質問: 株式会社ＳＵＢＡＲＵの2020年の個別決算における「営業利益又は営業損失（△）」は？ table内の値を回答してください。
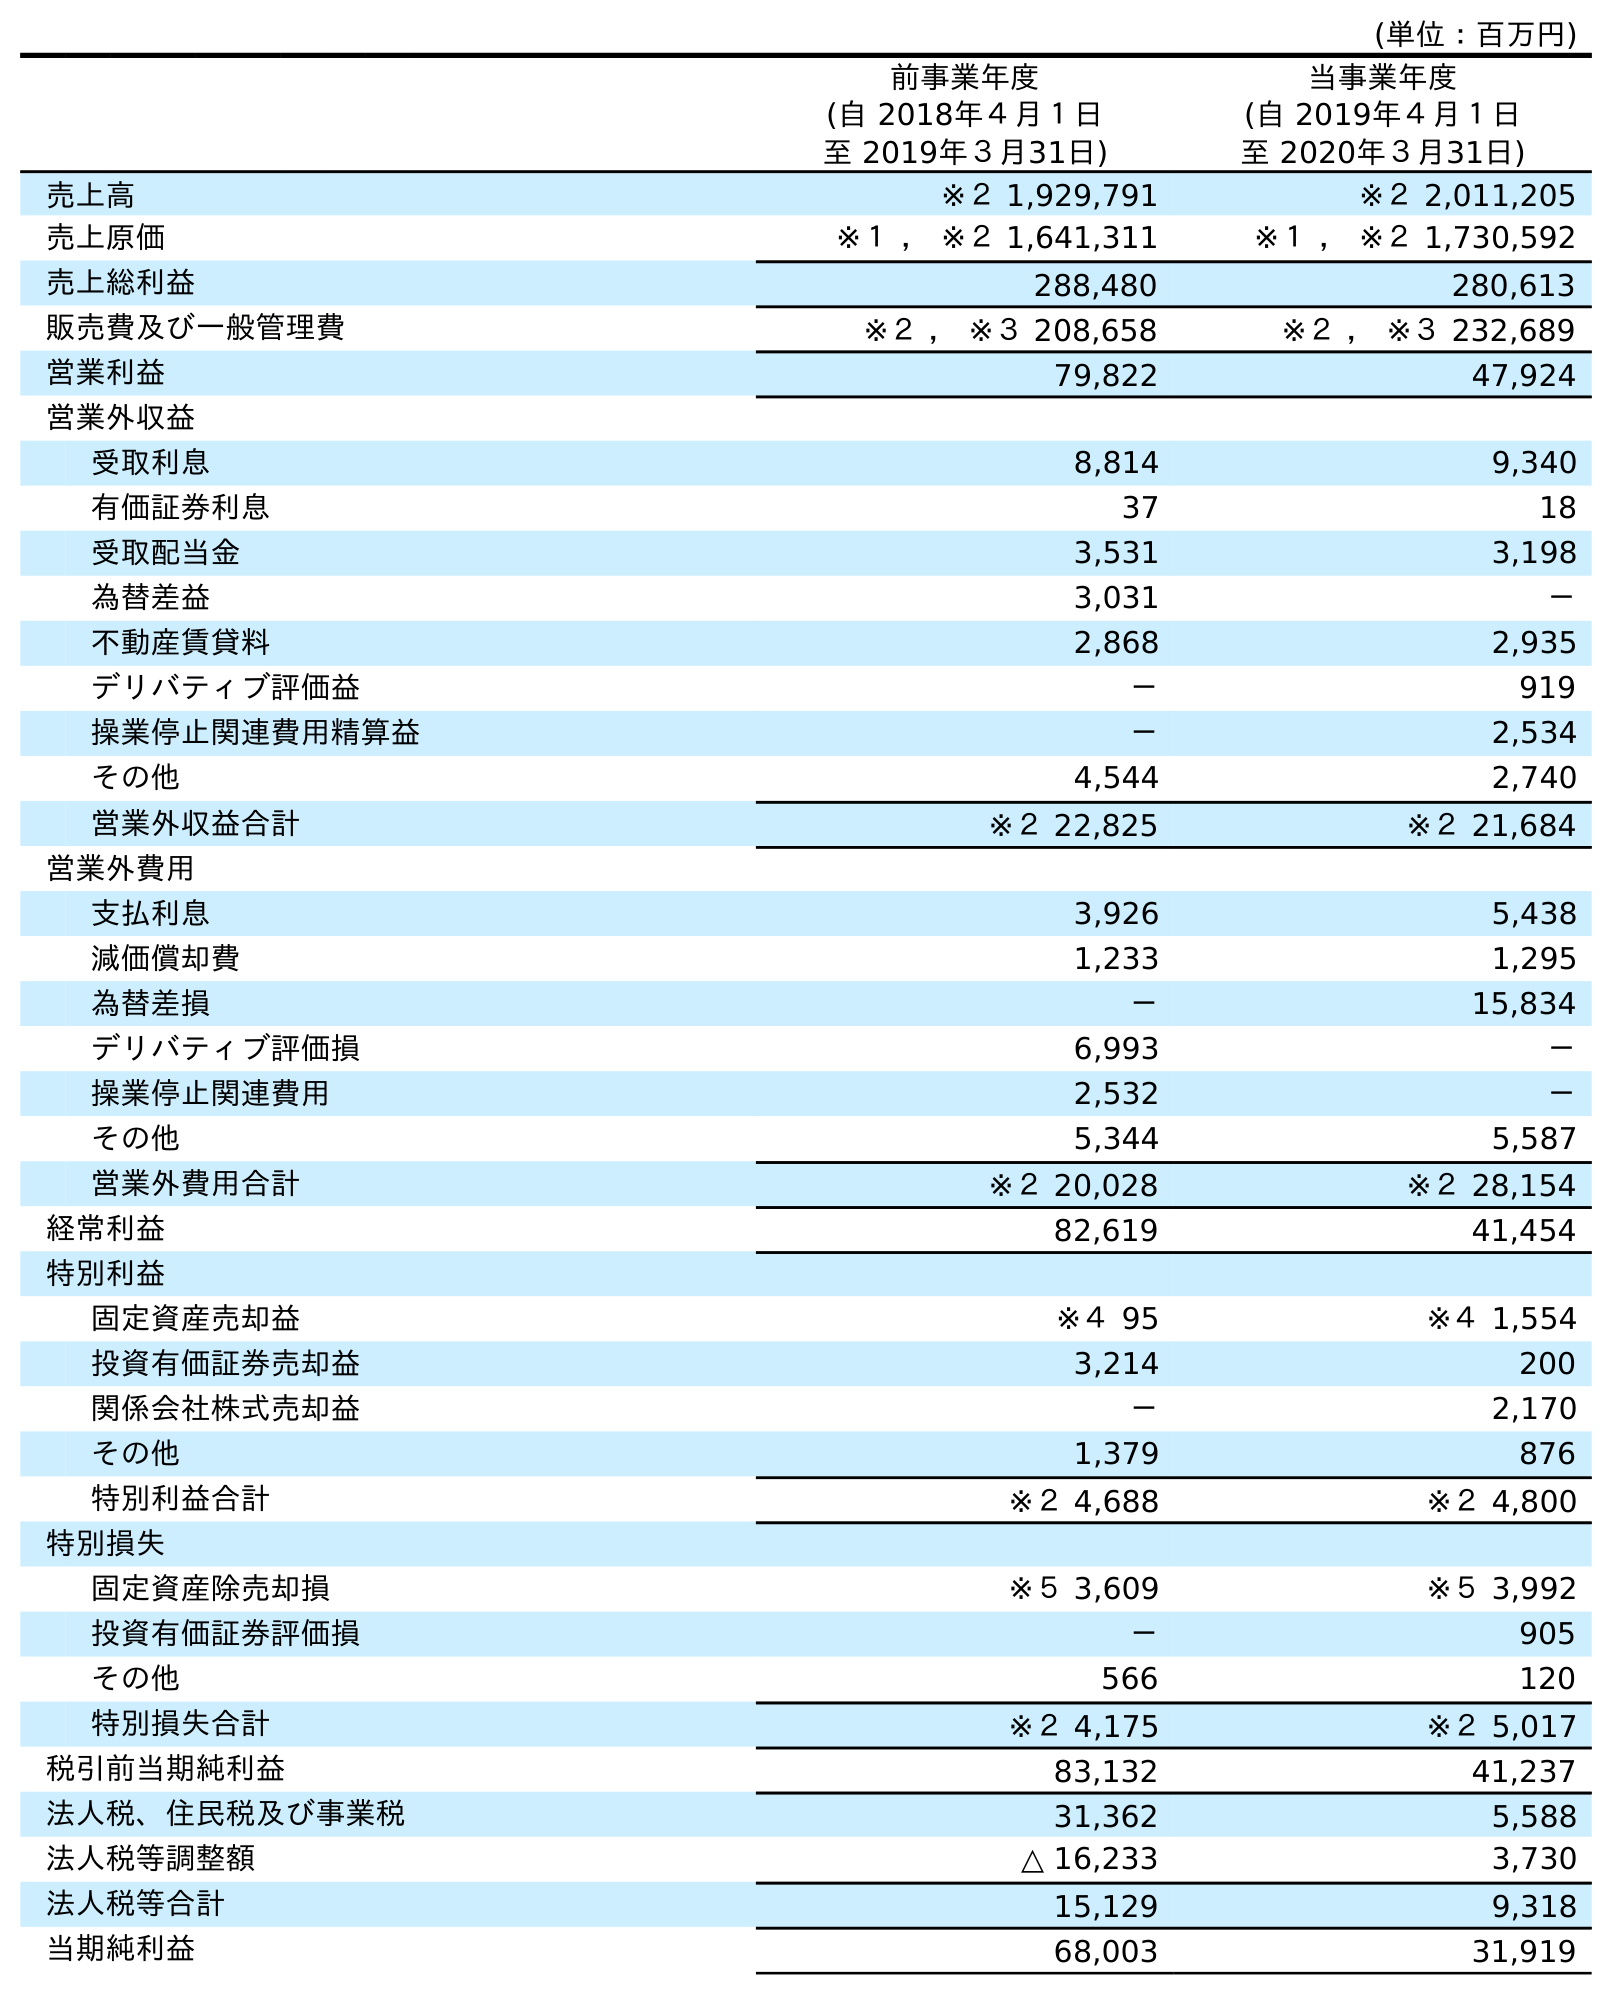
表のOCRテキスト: (単位：百万円) 前事業年度 (自 2018年４月１日 至 2019年３月31日) 当事業年度 (自 2019年４月１日 至 2020年３月31日) 売上高 ※２ 1,929,791 ※２ 2,011,205 売上原価 ※１ ， ※２ 1,641,311 ※１ ， ※２ 1,730,592 売上総利益 288,480 280,613 販売費及び一般管理費 ※２ ， ※３ 208,658 ※２ ， ※３ 232,689 営業利益 79,822 47,924 営業外収益 受取利息 8,814 9,340 有価証券利息 37 18 受取配当金 3,531 3,198 為替差益 3,031 － 不動産賃貸料 2,868 2,935 デリバティブ評価益 － 919 操業停止関連費用精算益 － 2,534 その他 4,544 2,740 営業外収益合計 ※２ 22,825 ※２ 21,684 営業外費用 支払利息 3,926 5,438 減価償却費 1,233 1,295 為替差損 － 15,834 デリバティブ評価損 6,993 － 操業停止関連費用 2,532 － その他 5,344 5,587 営業外費用合計 ※２ 20,028 ※２ 28,154 経常利益 82,619 41,454 特別利益 固定資産売却益 ※４ 95 ※４ 1,554 投資有価証券売却益 3,214 200 関係会社株式売却益 － 2,170 その他 1,379 876 特別利益合計 ※２ 4,688 ※２ 4,800 特別損失 固定資産除売却損 ※５ 3,609 ※５ 3,992 投資有価証券評価損 － 905 その他 566 120 特別損失合計 ※２ 4,175 ※２ 5,017 税引前当期純利益 83,132 41,237 法人税、住民税及び事業税 31,362 5,588 法人税等調整額 △ 16,233 3,730 法人税等合計 15,129 9,318 当期純利益 68,003 31,919
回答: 47,924